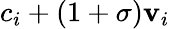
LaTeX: c_{i}+(1+\sigma)\mathbf{v}_{i}